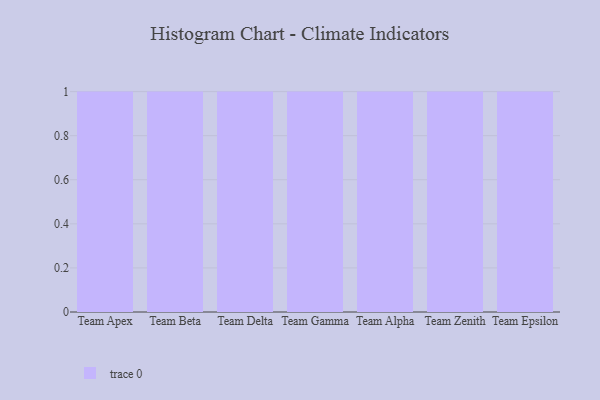
{"axis": {"x": "Team", "y": "Production Output"}, "legend": [""], "data": [{"x": "Team Apex", "y": 23, "type": ""}, {"x": "Team Beta", "y": 56, "type": ""}, {"x": "Team Delta", "y": 66, "type": ""}, {"x": "Team Gamma", "y": 53, "type": ""}, {"x": "Team Alpha", "y": 84, "type": ""}, {"x": "Team Zenith", "y": 22, "type": ""}, {"x": "Team Epsilon", "y": 11, "type": ""}]}